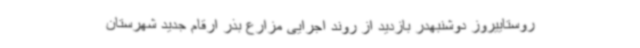
روستاییروز دوشنبهدر بازدید از روند اجرایی مزارع بذر ارقام جدید شهرستان